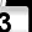
Digit: 3